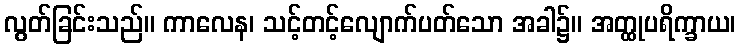
လွတ်ခြင်းသည်။ ကာလေန၊ သင့်တင့်လျောက်ပတ်သော အခါ၌။ အတ္ထုပရိက္ခာယ၊